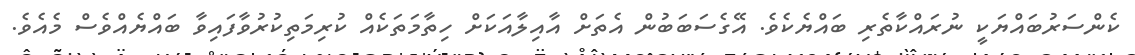
ކެންސަރުބައްޔަކީ ނުރައްކާތެރި ބައްޔެކެވެ. އޭގެސަބަބުން އެތަށް އާއިލާއަކަށް ހިތާމަތަކެއް ކުރިމަތިކުރުވާފައިވާ ބައްޔެއްވެސް މެއެވެ.